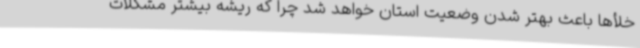
خلأها باعث بهتر شدن وضعیت استان خواهد شد چرا که ریشه بیشتر مشکلات